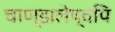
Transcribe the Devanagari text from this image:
चाण्डालेष्वपि